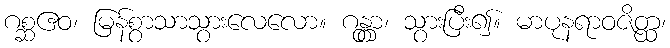
ဂစ္ဆဧဝ၊ မြန်စွာသာသွားလေလော။ ဂန္တွာ၊ သွားပြီး၍။ မာပုနရာဝဇိတ္ထ၊